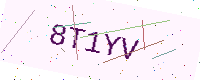
Text: 8T1YV